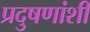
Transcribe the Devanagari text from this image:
प्रदुषणांशी